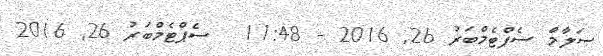
ސަލާމް ސެޕްޓެމްބަރު 26